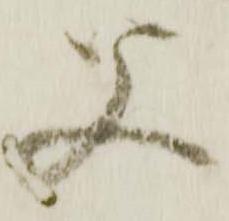
父